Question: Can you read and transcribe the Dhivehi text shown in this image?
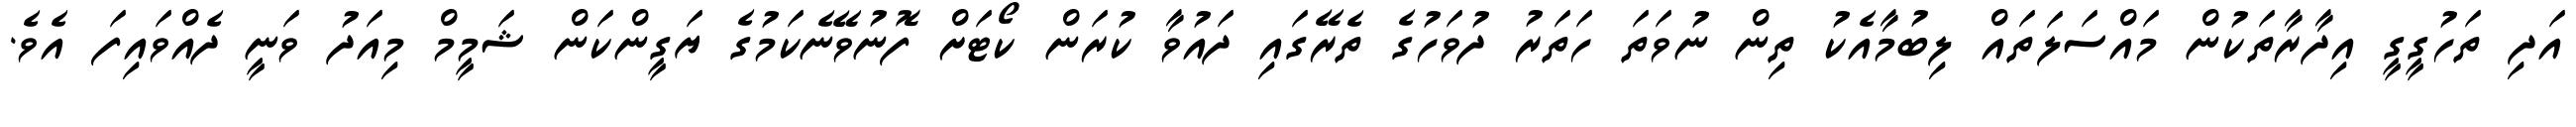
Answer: އަދި ތަހުގީގީ އިދާރާތަކުން މައްސަލަތައް ލިބުމާއެކު ތިން ނުވަތަ ހަތަރު ދުވަހުގެ ތެރޭގައި ދައުވާ ކުރަން ކޯޓަށް ފޮނުވޭނެކަމުގެ ޔަގީންކަން ޝަމީމް މިއަދު ވަނީ ދެއްވައިފަ އެވެ.